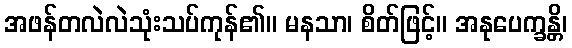
အဖန်တလဲလဲသုံးသပ်ကုန်၏။ မနသာ၊ စိတ်ဖြင့်။ အနုပေက္ခန္တိ၊